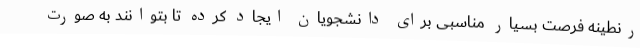
رنطینه فرصت بسیار مناسبی برای دانشجویان ایجاد کرده تا بتوانند به صورت